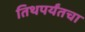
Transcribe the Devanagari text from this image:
तिथपर्यंतचा